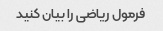
فرمول ریاضی را بیان کنید